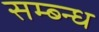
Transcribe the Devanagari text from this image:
सम्ब्न्ध